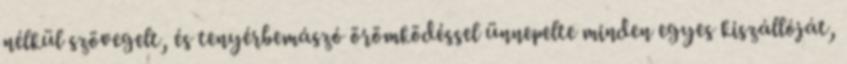
nélkül szövegelt, és tenyérbemászó örömködéssel ünnepelte minden egyes kiszállóját,